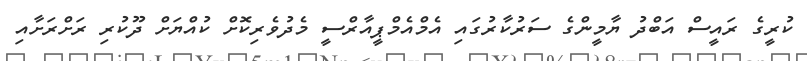
ކުރީގެ ރައީސް އަބްދު ޔާމީންގެ ސަރުކާރުގައި އެމްއެމްޕީއާރްސީ މެދުވެރިކޮށް ކުއްޔަށް ދޫކުރި ރަށްރަށާއި